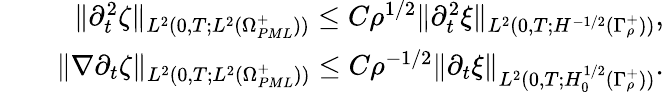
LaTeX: \begin{array}{rlr}&{}&{\| \partial_{t}^{2}\zeta\| _{L^{2}(0,T;L^{2}(\Omega_{PML}^{+}))}\leq C\rho^{1/2}\| \partial_{t}^{2}\xi\| _{L^{2}(0,T;H^{-1/2}(\Gamma_{\rho}^{+}))},}\\ &{}&{\| \nabla\partial_{t}\zeta\| _{L^{2}(0,T;L^{2}(\Omega_{PML}^{+}))}\leq C\rho^{-1/2}\| \partial_{t}\xi\| _{L^{2}(0,T;H_{0}^{1/2}(\Gamma_{\rho}^{+}))}.}\end{array}